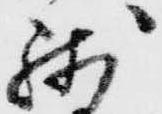
残